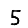
Digit: 5